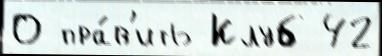
О пра́в'ить Клуб 42